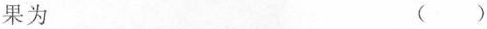
果为 ()